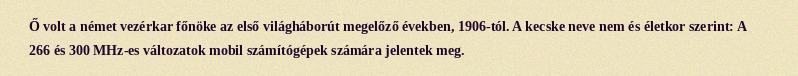
Ő volt a német vezérkar főnöke az első világháborút megelőző években, 1906-tól. A kecske neve nem és életkor szerint: A 266 és 300 MHz-es változatok mobil számítógépek számára jelentek meg.